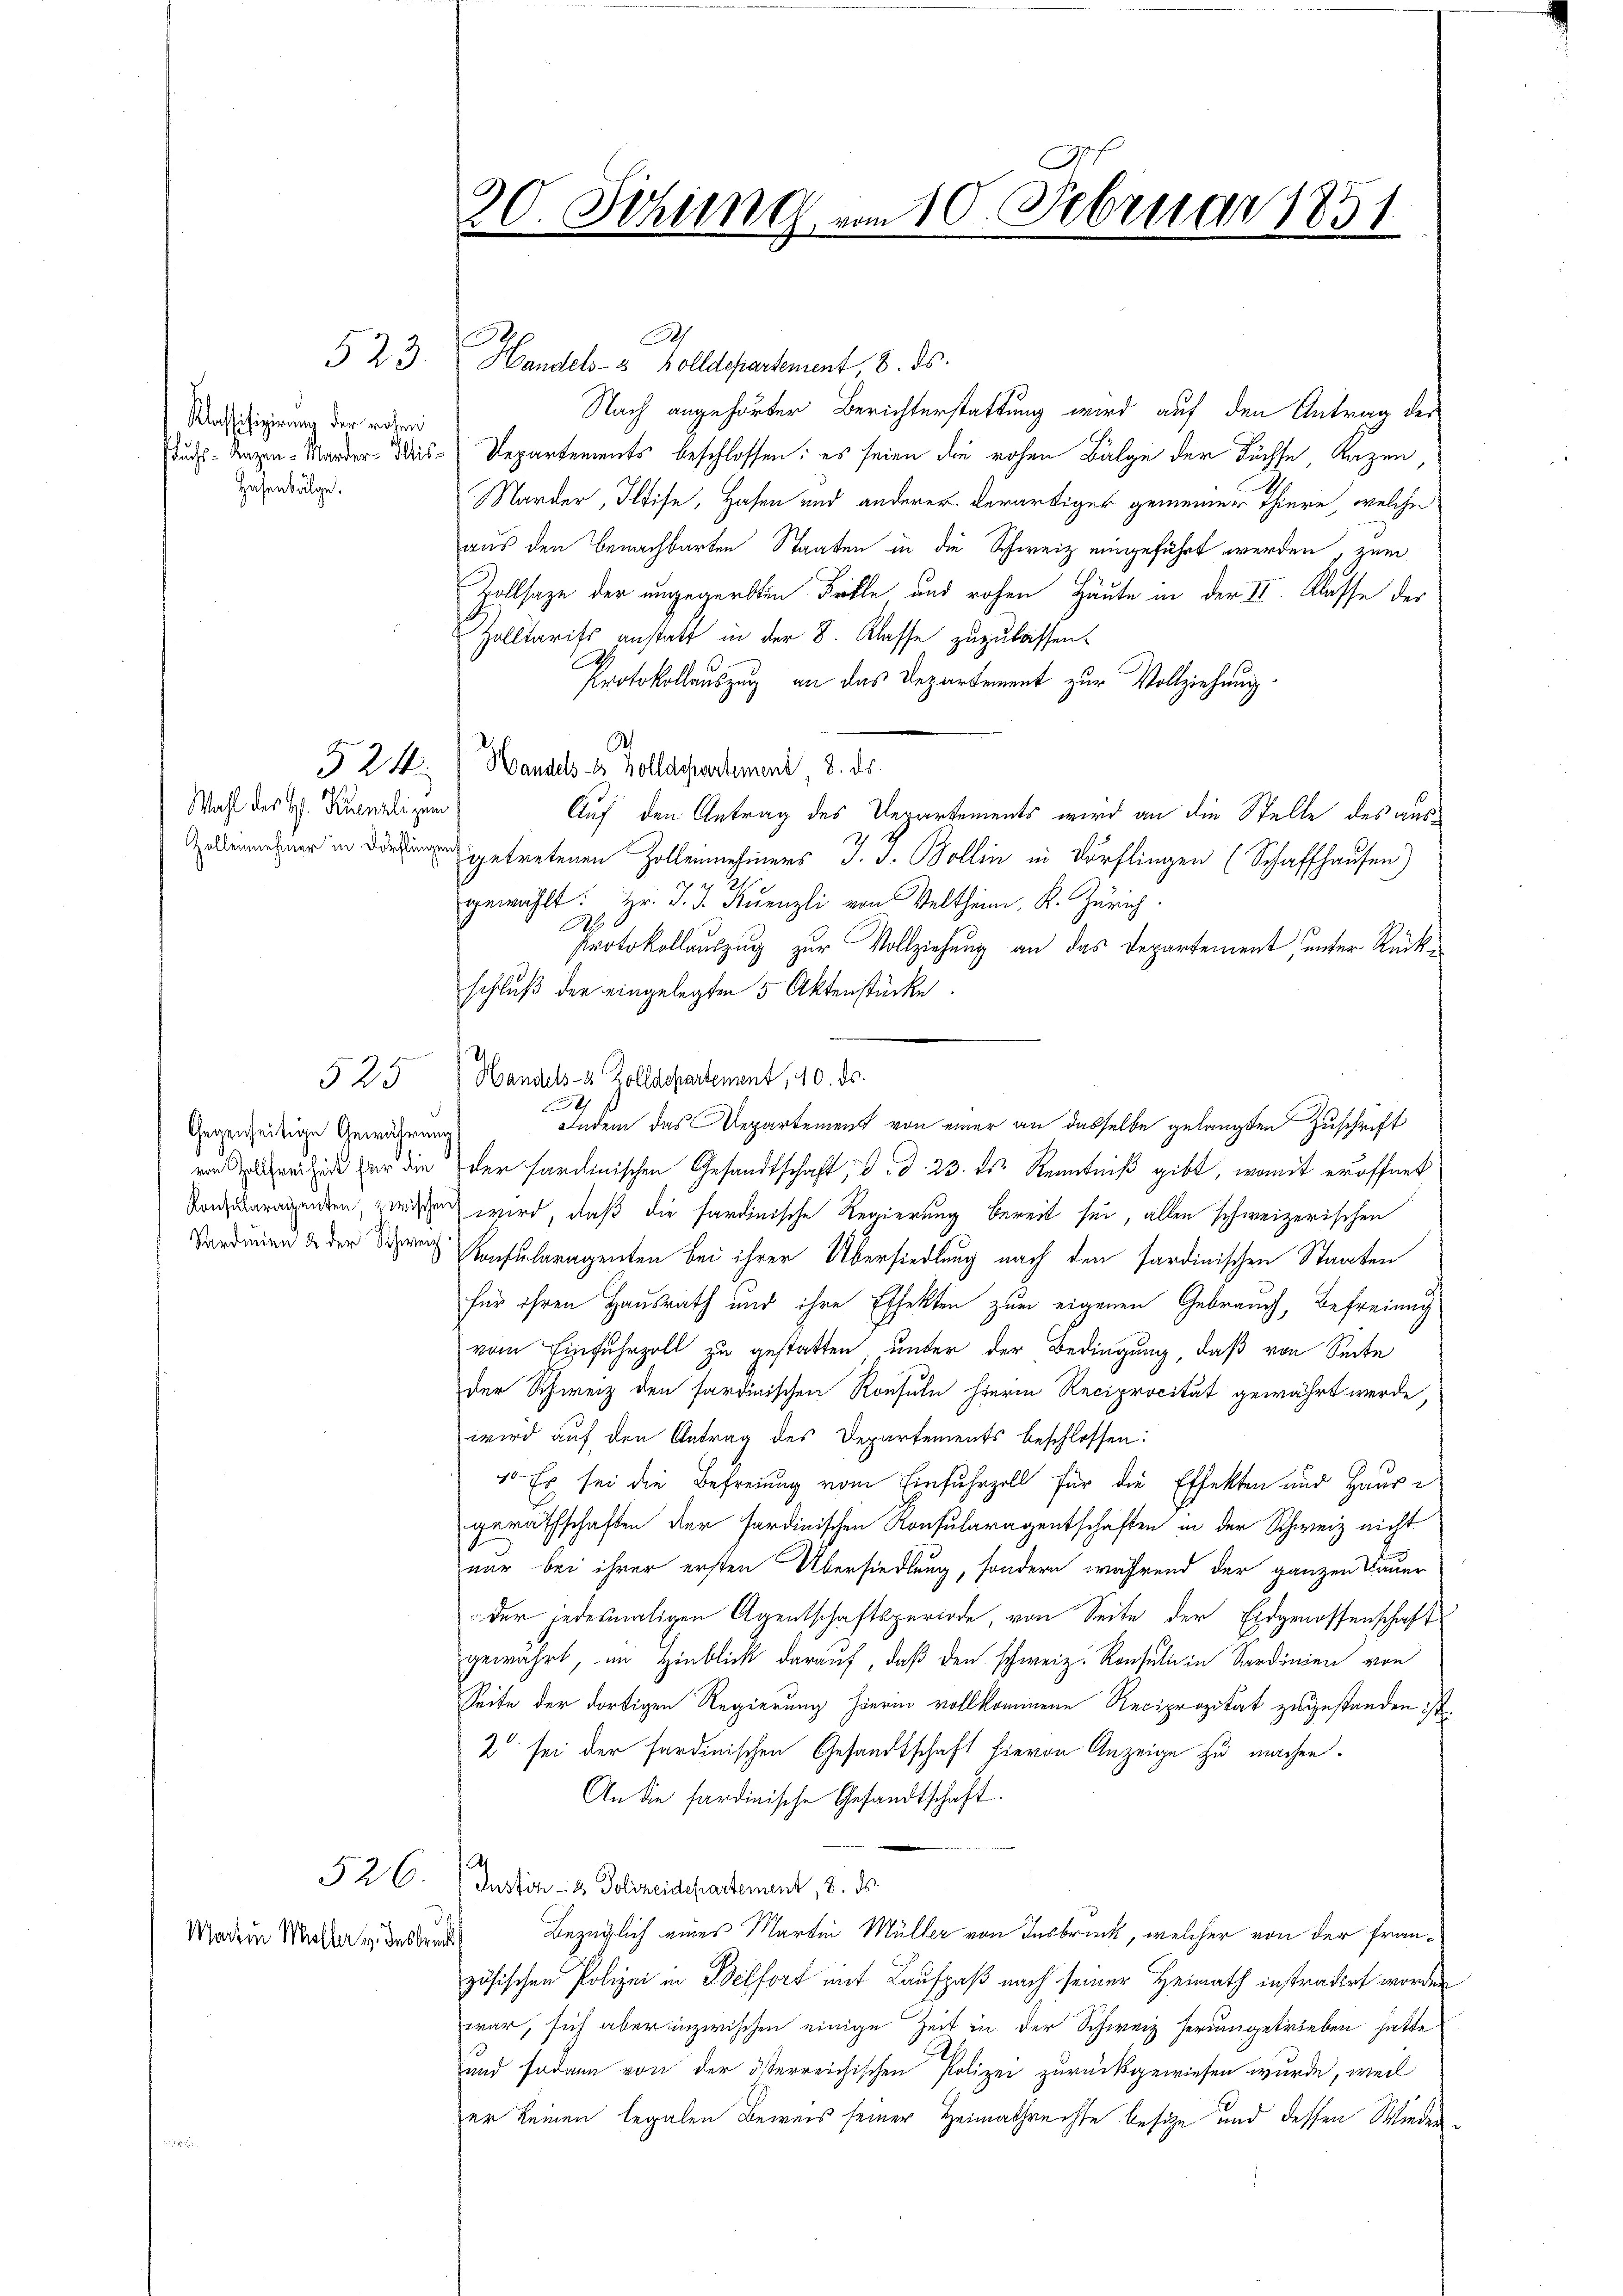
Klassifizirung der rohen
Hasenbälge.

Wahl des H. Krenzli zum

525

Gegenseitige Gewährung

Martin Malle v. Insbruck

7
523. Handels- & Zolldepartement, 8. ds.
Nach angehörter Berichterstattung wird auf den Antrag der
duchs Arzen-Marder-Weis-Departements beschlossen: es seien die rohen Balge der Füchse, Lazen,
Marder, Iltise, Hafen und anderer derartiger gemeiner Thiere, welche
aus den benachbarten Staaten in die Schweiz eingeführt werden, zum
Zollsage der ungegerbten Fälle und rohen Häute in der II. Klasse der
Zolltarifs anstatt in der 8. Klasse zuzulassen.
.
Protokollauszug an das Departement zur Vollziehung
A
§ 24. Handels- & Zolldepartement 8. ds.
Auf den Antrag des Departements wird an die Stelle des ausggetretenen Zolleinnehmers J. J. Bollin in Dörflingen (Schaffhausen)
gewählt: Hr. J. J. Kanzli von Veltheim, K. Zürich.
Protokollauszug zur Vollziehung an das Departement unter Rückschluß der eingelegten 5 Aktenstücke.
Handels- 8 Zolldepartement, 10. ds.
h
Indem das Departement von einer an dasselbe gelangten Zuschrift
von Elter sie er die der Sardinischen Gesandtschaft, d. d. 23. ds. Kenntniß gibt, womit eröffnet
Vonzuarmunden, zwischen wird, daß die sardinische Regierung bereit sei, allen schweizerischen
Sardirend der Schen Konsularagenten bei ihrer Übersiedlung nach den sardinischen Staaten
für ihren Hausrath und ihre Effekten zum eigenen Gebrauch, Befreiung
vom Einfuhrzoll zu gestatten, unter der Bedingung, daß von Seite
der Schweiz den sardinischen Konsuln hierin Reciprocität gewährt werde,
wird auf den Antrag des Departements beschlossen:
1. Es sei die Befreiung vom Einfuhrzoll für die Effekten und Hause
gerathschaften der sardinischen Konsularagentschaften in der Schweiz nicht
nur bei ihrer ersten Übersiedlung, sondern während der ganzen Bauer
der jedesmaligen Agentschaftsperiode, von Seite der Eidgenossenschaft
gewährt, im Hinblick darauf, daß den schweiz. Konsulii in Sardinien von
Seite der dortigen Regierung hierin vollkommene Reciprozitat zugestanden ist.
2 sei der sardinischen Gesandtschaft hievon Anzeige zu machen.
An die sardinische Gesandtschaft.
St
§ 26. Justiz- & Polizeidepartement, 8. ds.
Bezüglich eines Martin Müller von Insbruck, welcher von der Französischen Polizei in Belfort mit Laufpaß nach seiner Heimath instradirt worden
war, sich aber inzwischen einige Zeit in der Schweiz herumgetrieben hatte
und sodann von der österreichischen Polizei zurückgewiesen wurde, weil
er keinen legalen Beweis seiner Heimathrechte besitze und dessen Wieder¬

30. Sitzung vom 10. Februar 1851